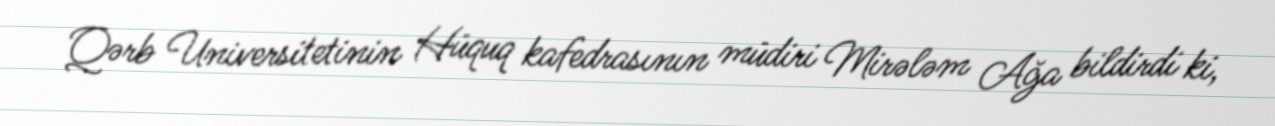
Qərb Universitetinin Hüquq kafedrasının müdiri Mirələm Ağa bildirdi ki,